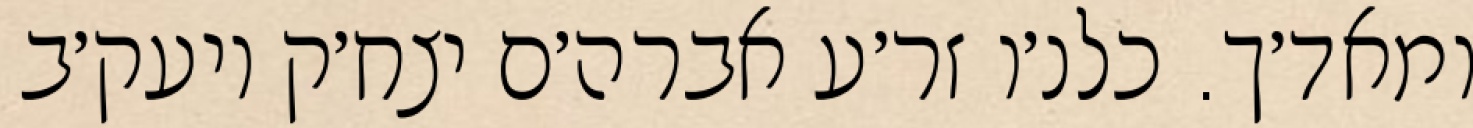
ומאד׳ך. כלנ׳ו זר׳ע אברה׳ם יצח׳ק ויעק׳ב